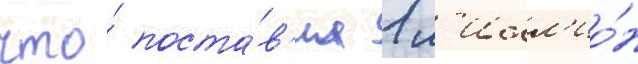
что́ поста́в'ил 1 м'илл'ио́н